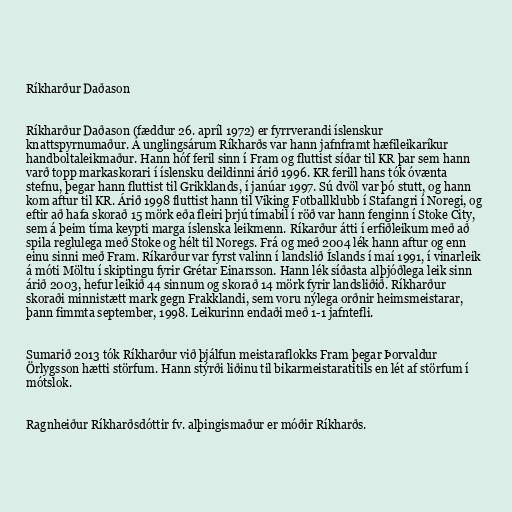
Ríkharður Daðason

Ríkharður Daðason (fæddur 26. apríl 1972) er fyrrverandi íslenskur
knattspyrnumaður. Á unglingsárum Ríkharðs var hann jafnframt hæfileikaríkur
handboltaleikmaður. Hann hóf feril sinn í Fram og fluttist síðar til KR þar sem hann
varð topp markaskorari í íslensku deildinni árið 1996. KR ferill hans tók óvænta
stefnu, þegar hann fluttist til Grikklands, í janúar 1997. Sú dvöl var þó stutt, og hann
kom aftur til KR. Árið 1998 fluttist hann til Viking Fotballklubb í Stafangri í Noregi, og
eftir að hafa skorað 15 mörk eða fleiri þrjú tímabil í röð var hann fenginn í Stoke City,
sem á þeim tíma keypti marga íslenska leikmenn. Ríkarður átti í erfiðleikum með að
spila reglulega með Stoke og hélt til Noregs. Frá og með 2004 lék hann aftur og enn
einu sinni með Fram. Ríkarður var fyrst valinn í landslið Íslands í maí 1991, í vinarleik
á móti Möltu í skiptingu fyrir Grétar Einarsson. Hann lék síðasta alþjóðlega leik sinn
árið 2003, hefur leikið 44 sinnum og skorað 14 mörk fyrir landsliðið. Ríkharður
skoraði minnistætt mark gegn Frakklandi, sem voru nýlega orðnir heimsmeistarar,
þann fimmta september, 1998. Leikurinn endaði með 1-1 jafntefli.

Sumarið 2013 tók Ríkharður við þjálfun meistaraflokks Fram þegar Þorvaldur
Örlygsson hætti störfum. Hann stýrði liðinu til bikarmeistaratitils en lét af störfum í
mótslok.

Ragnheiður Ríkharðsdóttir fv. alþingismaður er móðir Ríkharðs.